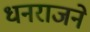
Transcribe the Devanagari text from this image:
धनराजने